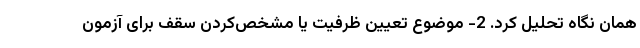
همان نگاه تحلیل کرد. 2- موضوع تعیین ظرفیت یا مشخص‌کردن سقف برای آزمون